Bulletin of the Pasteur Institute of Southern India, Coonoor - No. 3.
Year: 1910
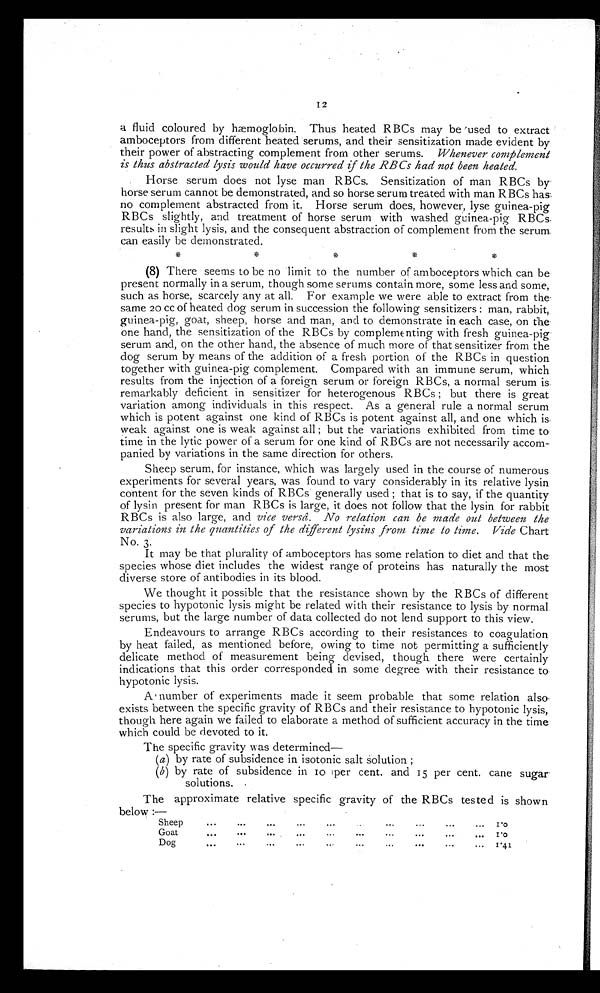
12
a fluid coloured by hæmoglobin. Thus heated RBCs may be used to extract
amboceptors from different heated serums, and their sensitization made evident by
their power of abstracting complement from other serums. Whenever complement
is thus abstracted lysis would have occurred if the RBCs had not been heated.
Horse serum does not lyse man RBCs. Sensitization of man RBCs by
horse serum cannot be demonstrated, and so horse serum treated with man RBCs has
no complement abstracted from it. Horse serum does, however, lyse guinea-pig
RBCs slightly, and treatment of horse serum with washed guinea-pig RBCs
results in slight lysis, and the consequent abstraction of complement from the serum
can easily be demonstrated.
(8) There seems to be no limit to the number of amboceptors which can be
present normally in a serum, though some serums contain more, some less and some,
such as horse, scarcely any at all. For example we were able to extract from the
same 20 cc of heated dog serum in succession the following sensitizers : man, rabbit,
guinea-pig, goat, sheep, horse and man, and to demonstrate in each case, on the
one hand, the sensitization of the RBCs by complementing with fresh guinea-pig
serum and, on the other hand, the absence of much more of that sensitizer from the
dog serum by means of the addition of a fresh portion of the RBCs in question
together with guinea-pig complement. Compared with an immune serum, which
results from the injection of a foreign serum or foreign RBCs, a normal serum is
remarkably deficient in sensitizer for heterogenous RBCs; but there is great
variation among individuals in this respect. As a general rule a normal serum
which is potent against one kind of RBCs is potent against all, and one which is
weak against one is weak against all; but the variations exhibited from time to
time in the lytic power of a serum for one kind of RBCs are not necessarily accom--
panied by variations in the same direction for others.
Sheep serum, for instance, which was largely used in the course of numerous
experiments for several years, was found to vary considerably in its relative lysin
content for the seven kinds of RBCs generally used; that is to say, if the quantity
of lysin present for man RBCs is large, it does not follow that the lysin for rabbit
RBCs is also large, and vice versâ. No relation can be made out between the
variations in the quantities of the different lysins from time to time. Vide Chart
No. 3.
It may be that plurality of amboceptors has some relation to diet and that the
species whose diet includes the widest range of proteins has naturally the most
diverse store of antibodies in its blood.
We thought it possible that the resistance shown by the RBCs of different
species to hypotonic lysis might be related with their resistance to lysis by normal
serums, but the large number of data collected do not lend support to this view.
Endeavours to arrange RBCs according to their resistances to coagulation
by heat failed, as mentioned before, owing to time not permitting a sufficiently
delicate method of measurement being devised, though there were certainly
indications that this order corresponded in some degree with their resistance to
hypotonic lysis.
A number of experiments made it seem probable that some relation also
exists between the specific gravity of RBCs and their resistance to hypotonic lysis,
though here again we failed to elaborate a method of sufficient accuracy in the time
which could be devoted to it.
The specific gravity as determined—
(a) by rate of subsidence in isotonic salt solution;
(b) by rate of subsidence in 10 per cent. and 15 per cent. cane
sugar solutions.
The approximate relative specific gravity of the RBCs tested is shown
below :—
Sheep
1.0
Goat
1.0
Dog
1.41